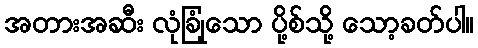
အတားအဆီး လုံခြုံသော ပို့စ်သို့ သော့ခတ်ပါ။